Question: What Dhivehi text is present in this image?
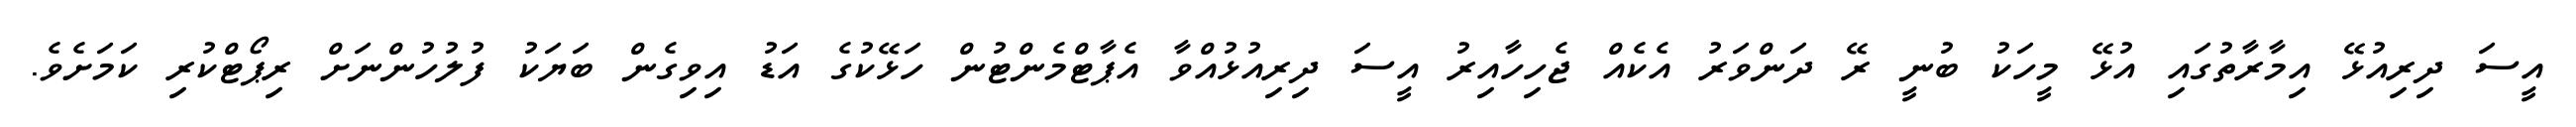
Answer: އީސަ ދިރިއުޅޭ އިމާރާތުގައި އުޅޭ މީހަކު ބުނީ ރޭ ދަންވަރު އެކެއް ޖެހިހާއިރު އީސަ ދިރިއުޅުއްވާ އެޕާޓްމެންޓުން ހަޅޭކުގެ އަޑު އިވިގެން ބަޔަކު ފުލުހުންނަށް ރިޕޯޓްކުރި ކަމަށެވެ.